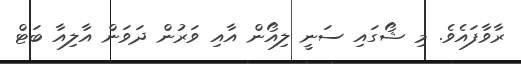
ރާވާފައެވެ. މި ޝޯގައި ސަނީ ލިއޯން އާއި ވަރުން ދަވަން އާލިއާ ބަޓް